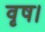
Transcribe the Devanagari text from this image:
वृष।